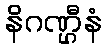
နိဂဏ္ဌီနံ